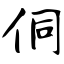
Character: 侗